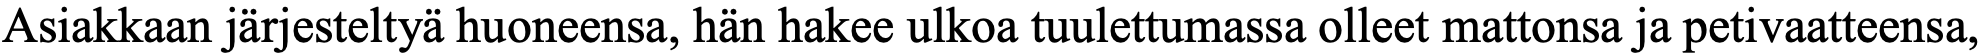
Asiakkaan järjesteltyä huoneensa, hän hakee ulkoa tuulettumassa olleet mattonsa ja petivaatteensa,